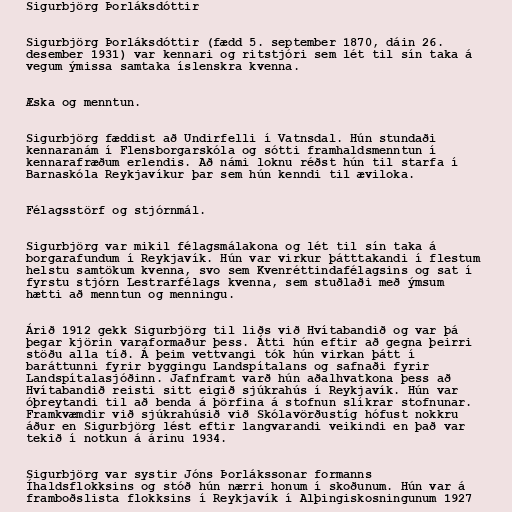
Sigurbjörg Þorláksdóttir

Sigurbjörg Þorláksdóttir (fædd 5. september 1870, dáin 26.
desember 1931) var kennari og ritstjóri sem lét til sín taka á
vegum ýmissa samtaka íslenskra kvenna.

Æska og menntun.

Sigurbjörg fæddist að Undirfelli í Vatnsdal. Hún stundaði
kennaranám í Flensborgarskóla og sótti framhaldsmenntun í
kennarafræðum erlendis. Að námi loknu réðst hún til starfa í
Barnaskóla Reykjavíkur þar sem hún kenndi til æviloka.

Félagsstörf og stjórnmál.

Sigurbjörg var mikil félagsmálakona og lét til sín taka á
borgarafundum í Reykjavík. Hún var virkur þátttakandi í flestum
helstu samtökum kvenna, svo sem Kvenréttindafélagsins og sat í
fyrstu stjórn Lestrarfélags kvenna, sem stuðlaði með ýmsum
hætti að menntun og menningu.

Árið 1912 gekk Sigurbjörg til liðs við Hvítabandið og var þá
þegar kjörin varaformaður þess. Átti hún eftir að gegna þeirri
stöðu alla tíð. Á þeim vettvangi tók hún virkan þátt í
baráttunni fyrir byggingu Landspítalans og safnaði fyrir
Landspítalasjóðinn. Jafnframt varð hún aðalhvatkona þess að
Hvítabandið reisti sitt eigið sjúkrahús í Reykjavík. Hún var
óþreytandi til að benda á þörfina á stofnun slíkrar stofnunar.
Framkvæmdir við sjúkrahúsið við Skólavörðustíg hófust nokkru
áður en Sigurbjörg lést eftir langvarandi veikindi en það var
tekið í notkun á árinu 1934.

Sigurbjörg var systir Jóns Þorlákssonar formanns
Íhaldsflokksins og stóð hún nærri honum í skoðunum. Hún var á
framboðslista flokksins í Reykjavík í Alþingiskosningunum 1927